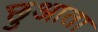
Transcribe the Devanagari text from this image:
छुआता